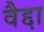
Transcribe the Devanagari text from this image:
वैद्दा